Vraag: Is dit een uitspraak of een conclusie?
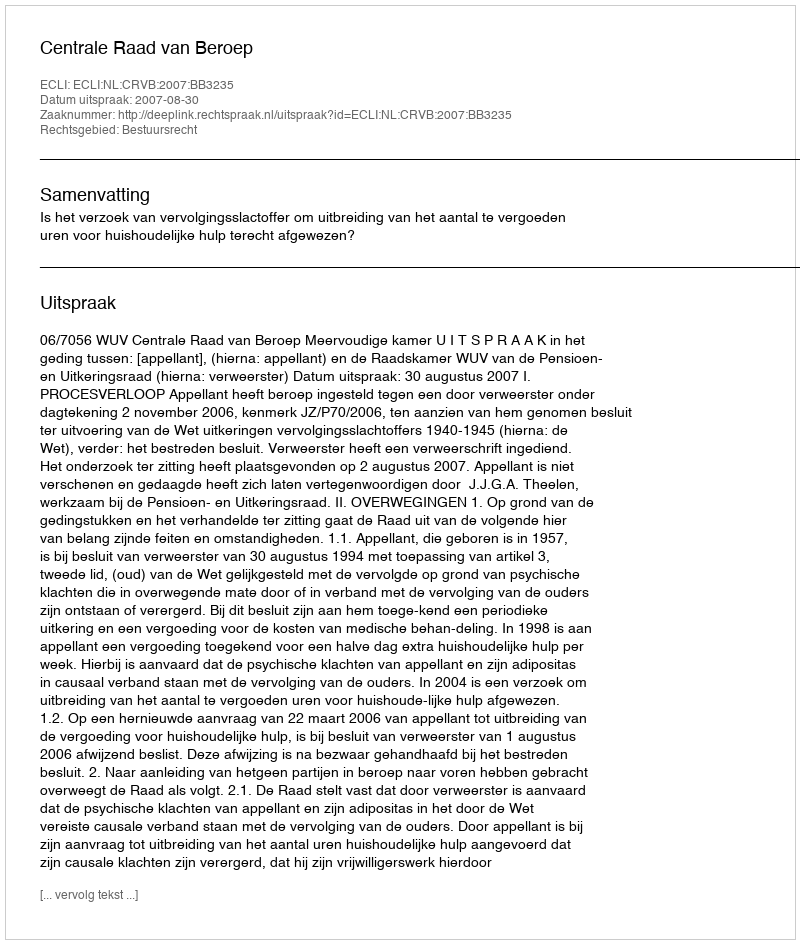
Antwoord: Uitspraak